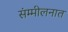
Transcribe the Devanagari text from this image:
संम्मीलनात